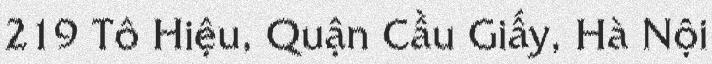
219 Tô Hiệu, Quận Cầu Giấy, Hà Nội